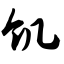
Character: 饥